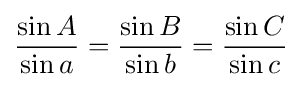
{\frac {\sin A}{\sin a}}={\frac {\sin B}{\sin b}}={\frac {\sin C}{\sin c}}